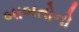
બાબતોનો